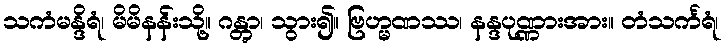
သကံမန္ဒိရံ၊ မိမိနန်းသို့။ ဂန္တွာ၊ သွား၍။ ဗြဟ္မဏဿ၊ နန္ဒပုဏ္ဏားအား။ တံသင်္ကရံ၊